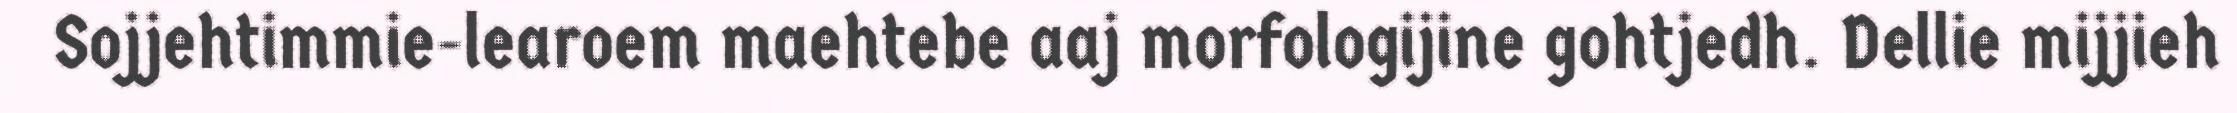
Sojjehtimmie-learoem maehtebe aaj morfologijine gohtjedh. Dellie mijjieh